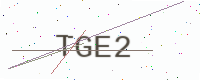
Text: TGE2